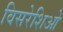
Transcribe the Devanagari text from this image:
विसरेशिओ